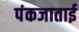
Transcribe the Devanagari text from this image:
पंकजाताई